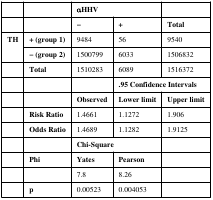
<table><thead><tr><td></td><td></td><td colspan="2"><b>αHHV</b></td><td></td></tr></thead><tbody><tr><td></td><td></td><td><b>−</b></td><td><b>+</b></td><td><b>Total</b></td></tr><tr><td rowspan="2"><b>TH</b></td><td><b>+ (group 1)</b></td><td>9484</td><td>56</td><td>9540</td></tr><tr><td><b>− (group 2)</b></td><td>1500799</td><td>6033</td><td>1506832</td></tr><tr><td></td><td><b>Total</b></td><td>1510283</td><td>6089</td><td>1516372</td></tr><tr><td></td><td></td><td></td><td colspan="2"><b>.95 Confidence Intervals</b></td></tr><tr><td></td><td></td><td><b>Observed</b></td><td><b>Lower limit</b></td><td><b>Upper limit</b></td></tr><tr><td></td><td><b>Risk Ratio</b></td><td>1.4661</td><td>1.1272</td><td>1.906</td></tr><tr><td></td><td><b>Odds Ratio</b></td><td>1.4689</td><td>1.1282</td><td>1.9125</td></tr><tr><td></td><td></td><td colspan="2"><b>Chi-Square</b></td><td></td></tr><tr><td></td><td><b>Phi</b></td><td><b>Yates</b></td><td><b>Pearson</b></td><td></td></tr><tr><td></td><td></td><td>7.8</td><td>8.26</td><td></td></tr><tr><td></td><td><b>p</b></td><td>0.00523</td><td>0.004053</td><td></td></tr></tbody></table>